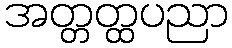
အတ္တတ္ထပညာ